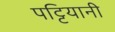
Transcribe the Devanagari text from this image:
पट्टियानी